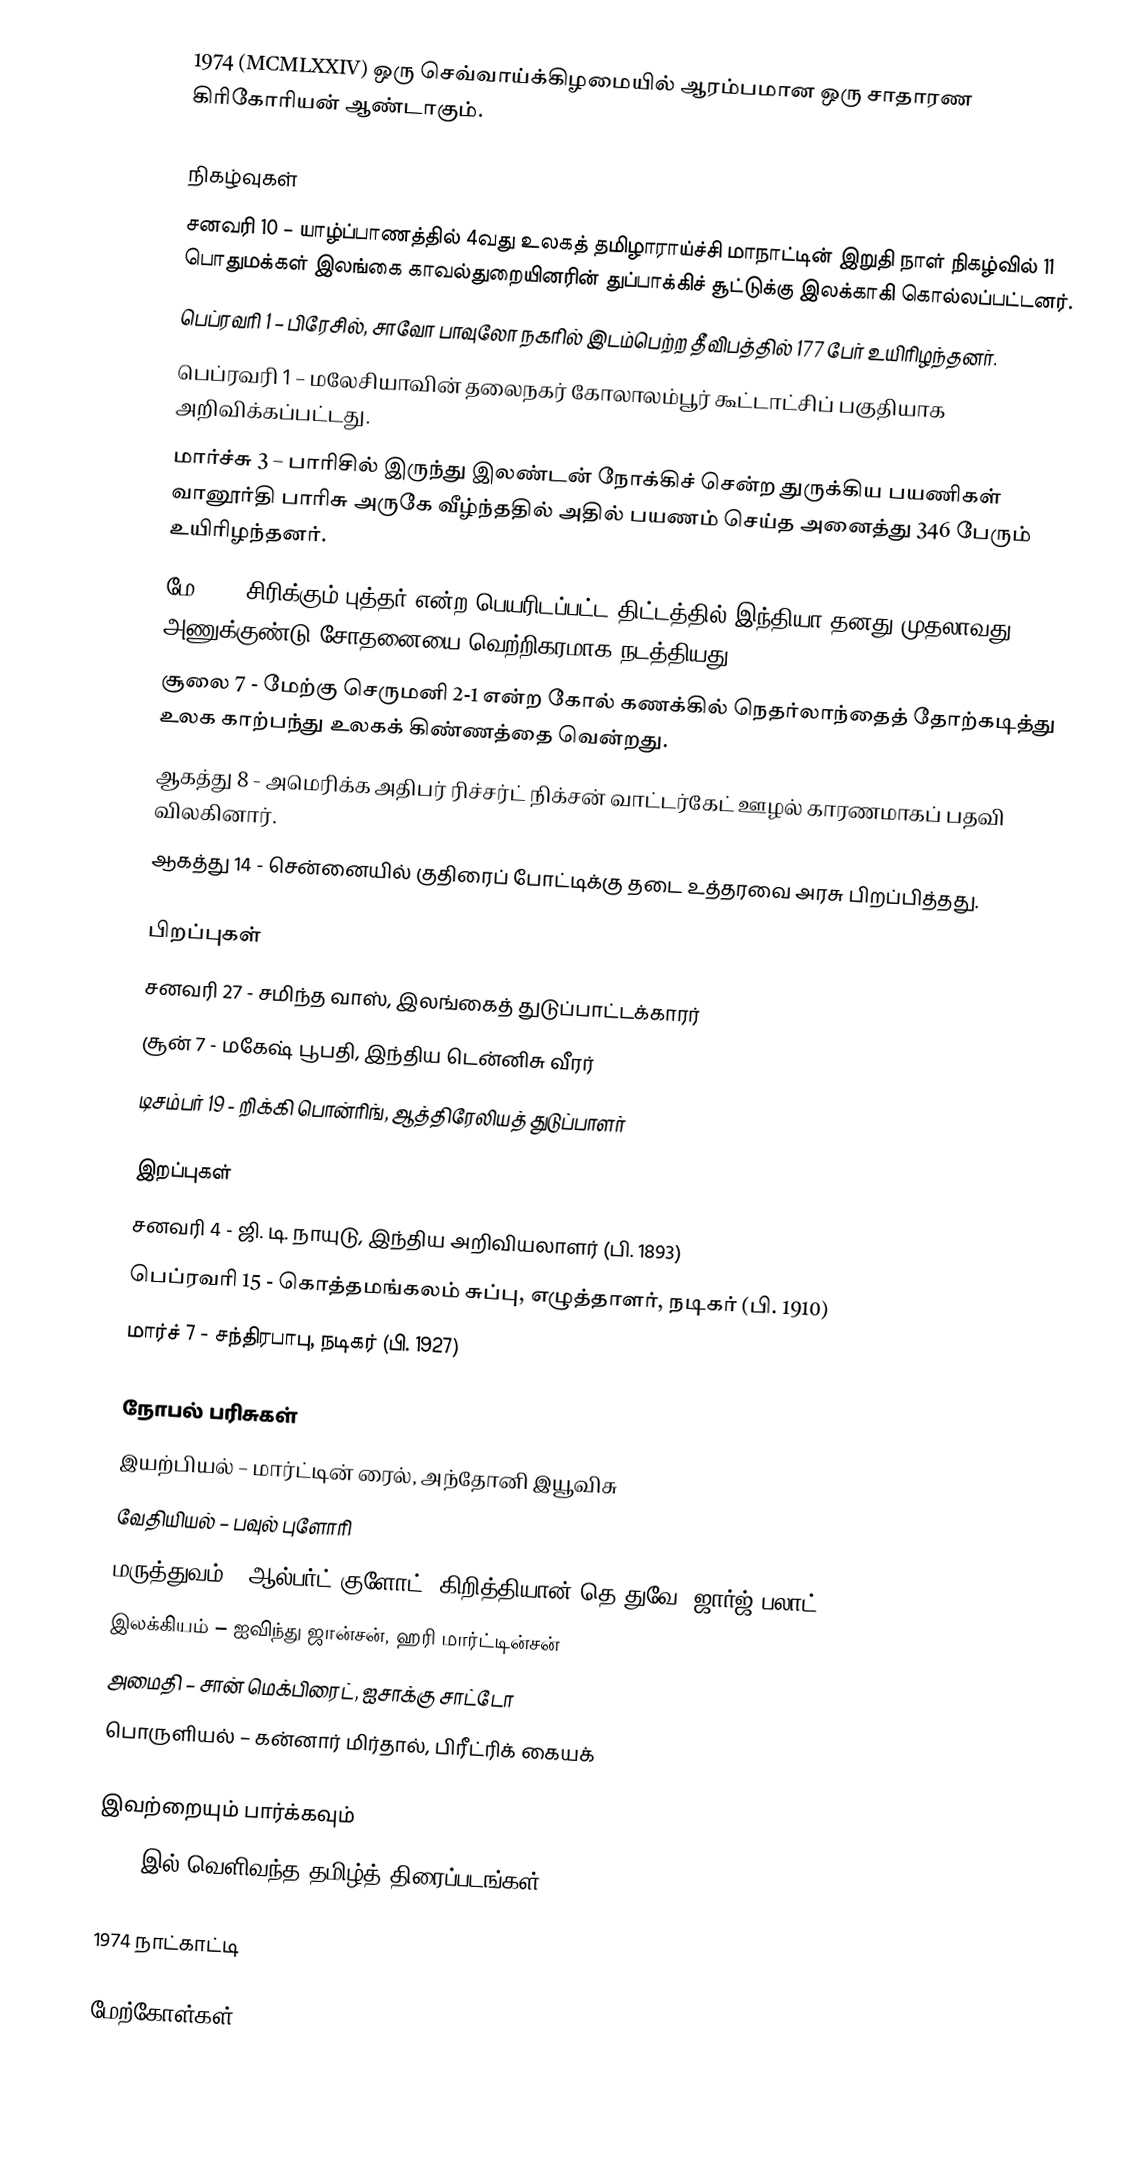
1974 (MCMLXXIV) ஒரு செவ்வாய்க்கிழமையில் ஆரம்பமான ஒரு சாதாரண கிரிகோரியன் ஆண்டாகும்.

நிகழ்வுகள்
 சனவரி 10 – யாழ்ப்பாணத்தில் 4வது உலகத் தமிழாராய்ச்சி மாநாட்டின் இறுதி நாள் நிகழ்வில் 11 பொதுமக்கள் இலங்கை காவல்துறையினரின் துப்பாக்கிச் சூட்டுக்கு இலக்காகி கொல்லப்பட்டனர்.
 பெப்ரவரி 1 – பிரேசில், சாவோ பாவுலோ நகரில் இடம்பெற்ற தீவிபத்தில் 177 பேர் உயிரிழந்தனர்.
 பெப்ரவரி 1 – மலேசியாவின் தலைநகர் கோலாலம்பூர் கூட்டாட்சிப் பகுதியாக அறிவிக்கப்பட்டது.
 மார்ச்சு 3 – பாரிசில் இருந்து இலண்டன் நோக்கிச் சென்ற துருக்கிய பயணிகள் வானூர்தி பாரிசு அருகே வீழ்ந்ததில் அதில் பயணம் செய்த அனைத்து 346 பேரும் உயிரிழந்தனர்.
 மே 18 - சிரிக்கும் புத்தர் என்ற பெயரிடப்பட்ட திட்டத்தில் இந்தியா தனது முதலாவது அணுக்குண்டு சோதனையை வெற்றிகரமாக நடத்தியது.
 சூலை 7 - மேற்கு செருமனி 2-1 என்ற கோல் கணக்கில் நெதர்லாந்தைத் தோற்கடித்து உலக காற்பந்து உலகக் கிண்ணத்தை வென்றது.
 ஆகத்து 8 - அமெரிக்க அதிபர் ரிச்சர்ட் நிக்சன் வாட்டர்கேட் ஊழல் காரணமாகப் பதவி விலகினார்.
 ஆகத்து 14 - சென்னையில் குதிரைப் போட்டிக்கு தடை உத்தரவை அரசு பிறப்பித்தது.

பிறப்புகள்
 சனவரி 27 - சமிந்த வாஸ், இலங்கைத் துடுப்பாட்டக்காரர்
 சூன் 7 - மகேஷ் பூபதி, இந்திய டென்னிசு வீரர்
 டிசம்பர் 19 - றிக்கி பொன்ரிங், ஆத்திரேலியத் துடுப்பாளர்

இறப்புகள்
 சனவரி 4 - ஜி. டி. நாயுடு, இந்திய அறிவியலாளர் (பி. 1893)
 பெப்ரவரி 15 - கொத்தமங்கலம் சுப்பு, எழுத்தாளர், நடிகர் (பி. 1910)
 மார்ச் 7 - சந்திரபாபு, நடிகர் (பி. 1927)

நோபல் பரிசுகள்
 இயற்பியல் – மார்ட்டின் ரைல், அந்தோனி இயூவிசு
 வேதியியல் – பவுல் புளோரி
 மருத்துவம் – ஆல்பர்ட் குளோட், கிறித்தியான் தெ துவே, ஜார்ஜ் பலாட்
 இலக்கியம் – ஐவிந்து ஜான்சன், ஹரி மார்ட்டின்சன்
 அமைதி – சான் மெக்பிரைட், ஐசாக்கு சாட்டோ
 பொருளியல் – கன்னார் மிர்தால், பிரீட்ரிக் கையக்

இவற்றையும் பார்க்கவும்
 1974 இல் வெளிவந்த தமிழ்த் திரைப்படங்கள்

1974 நாட்காட்டி

மேற்கோள்கள்